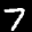
Label: 7